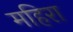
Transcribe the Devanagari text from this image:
महिरा